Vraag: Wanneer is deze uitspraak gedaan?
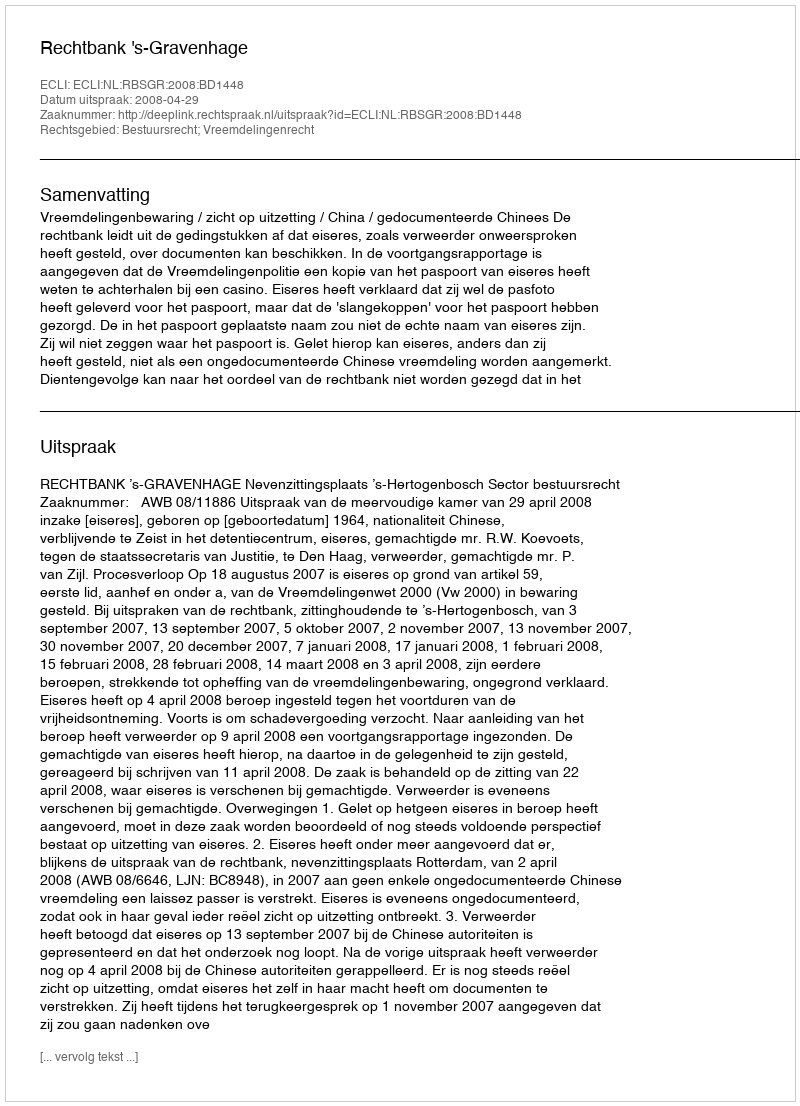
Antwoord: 2008-04-29